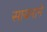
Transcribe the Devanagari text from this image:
सायनाने